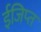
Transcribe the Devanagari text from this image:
ईजिप्‍त